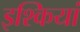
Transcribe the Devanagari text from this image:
इश्कियां